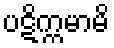
ပဋိက္ကမာမိ